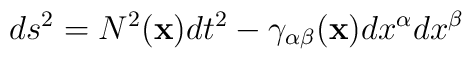
ds^2 = N^2({\bf x}) dt^2 - \gamma_{\alpha\beta}({\bf x})dx^\alpha dx^\beta